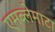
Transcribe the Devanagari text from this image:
एमब्लेमाटा